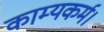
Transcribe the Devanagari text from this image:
काम्यकर्म।